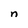
Character: n